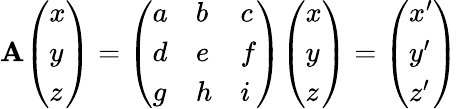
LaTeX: \mathbf{A}{\left(\begin{array}{l}{x}\\ {y}\\ {z}\end{array}\right)}={\left(\begin{array}{lll}{a}&{b}&{c}\\ {d}&{e}&{f}\\ {g}&{h}&{i}\end{array}\right)}{\left(\begin{array}{l}{x}\\ {y}\\ {z}\end{array}\right)}={\left(\begin{array}{l}{x^{\prime}}\\ {y^{\prime}}\\ {z^{\prime}}\end{array}\right)}